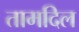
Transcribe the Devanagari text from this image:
तामदिल